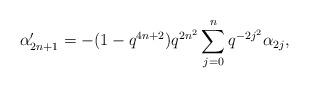
LaTeX: \begin{align*} \alpha'_{2n+1} = -(1-q^{4n+2})q^{2n^2}\sum_{j=0}^{n}q^{-2j^2}\alpha_{2j},\end{align*}